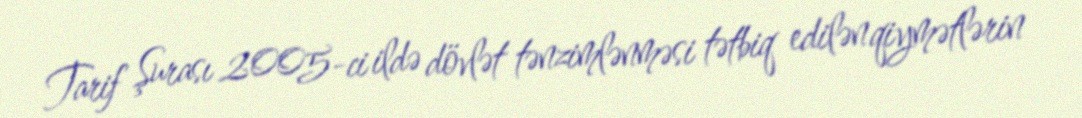
Tarif Şurası 2005-ci ildə dövlət tənzimlənməsi tətbiq edilən qiymətlərin